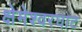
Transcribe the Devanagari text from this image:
क्षेमेश्वरघाट